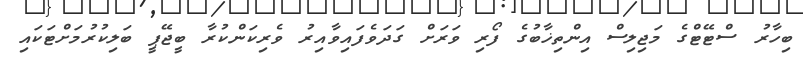
ބިހާރު ސްޓޭޓްގެ މަޖިލިސް އިންތިޚާބުގެ ފޯރި ވަރަށް ގަދަވެފައިވާއިރު ވެރިކަންކުރާ ބީޖޭޕީ ބަލިކުރުމަށްޓަކައި